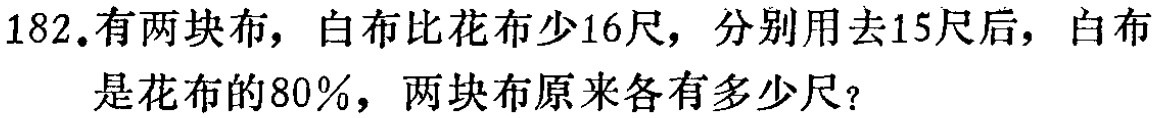
182.有两块布，白布比花布少16尺，分别用去15尺后，白布是花布的80%，两块布原来各有多少尺？